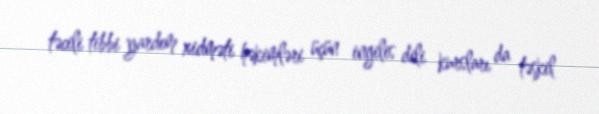
təcili tibbi yardım xidməti həkimləri üçün ingilis dili kursları da təşkil